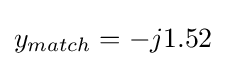
y_{match}=-j1.52